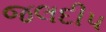
જલદીપ